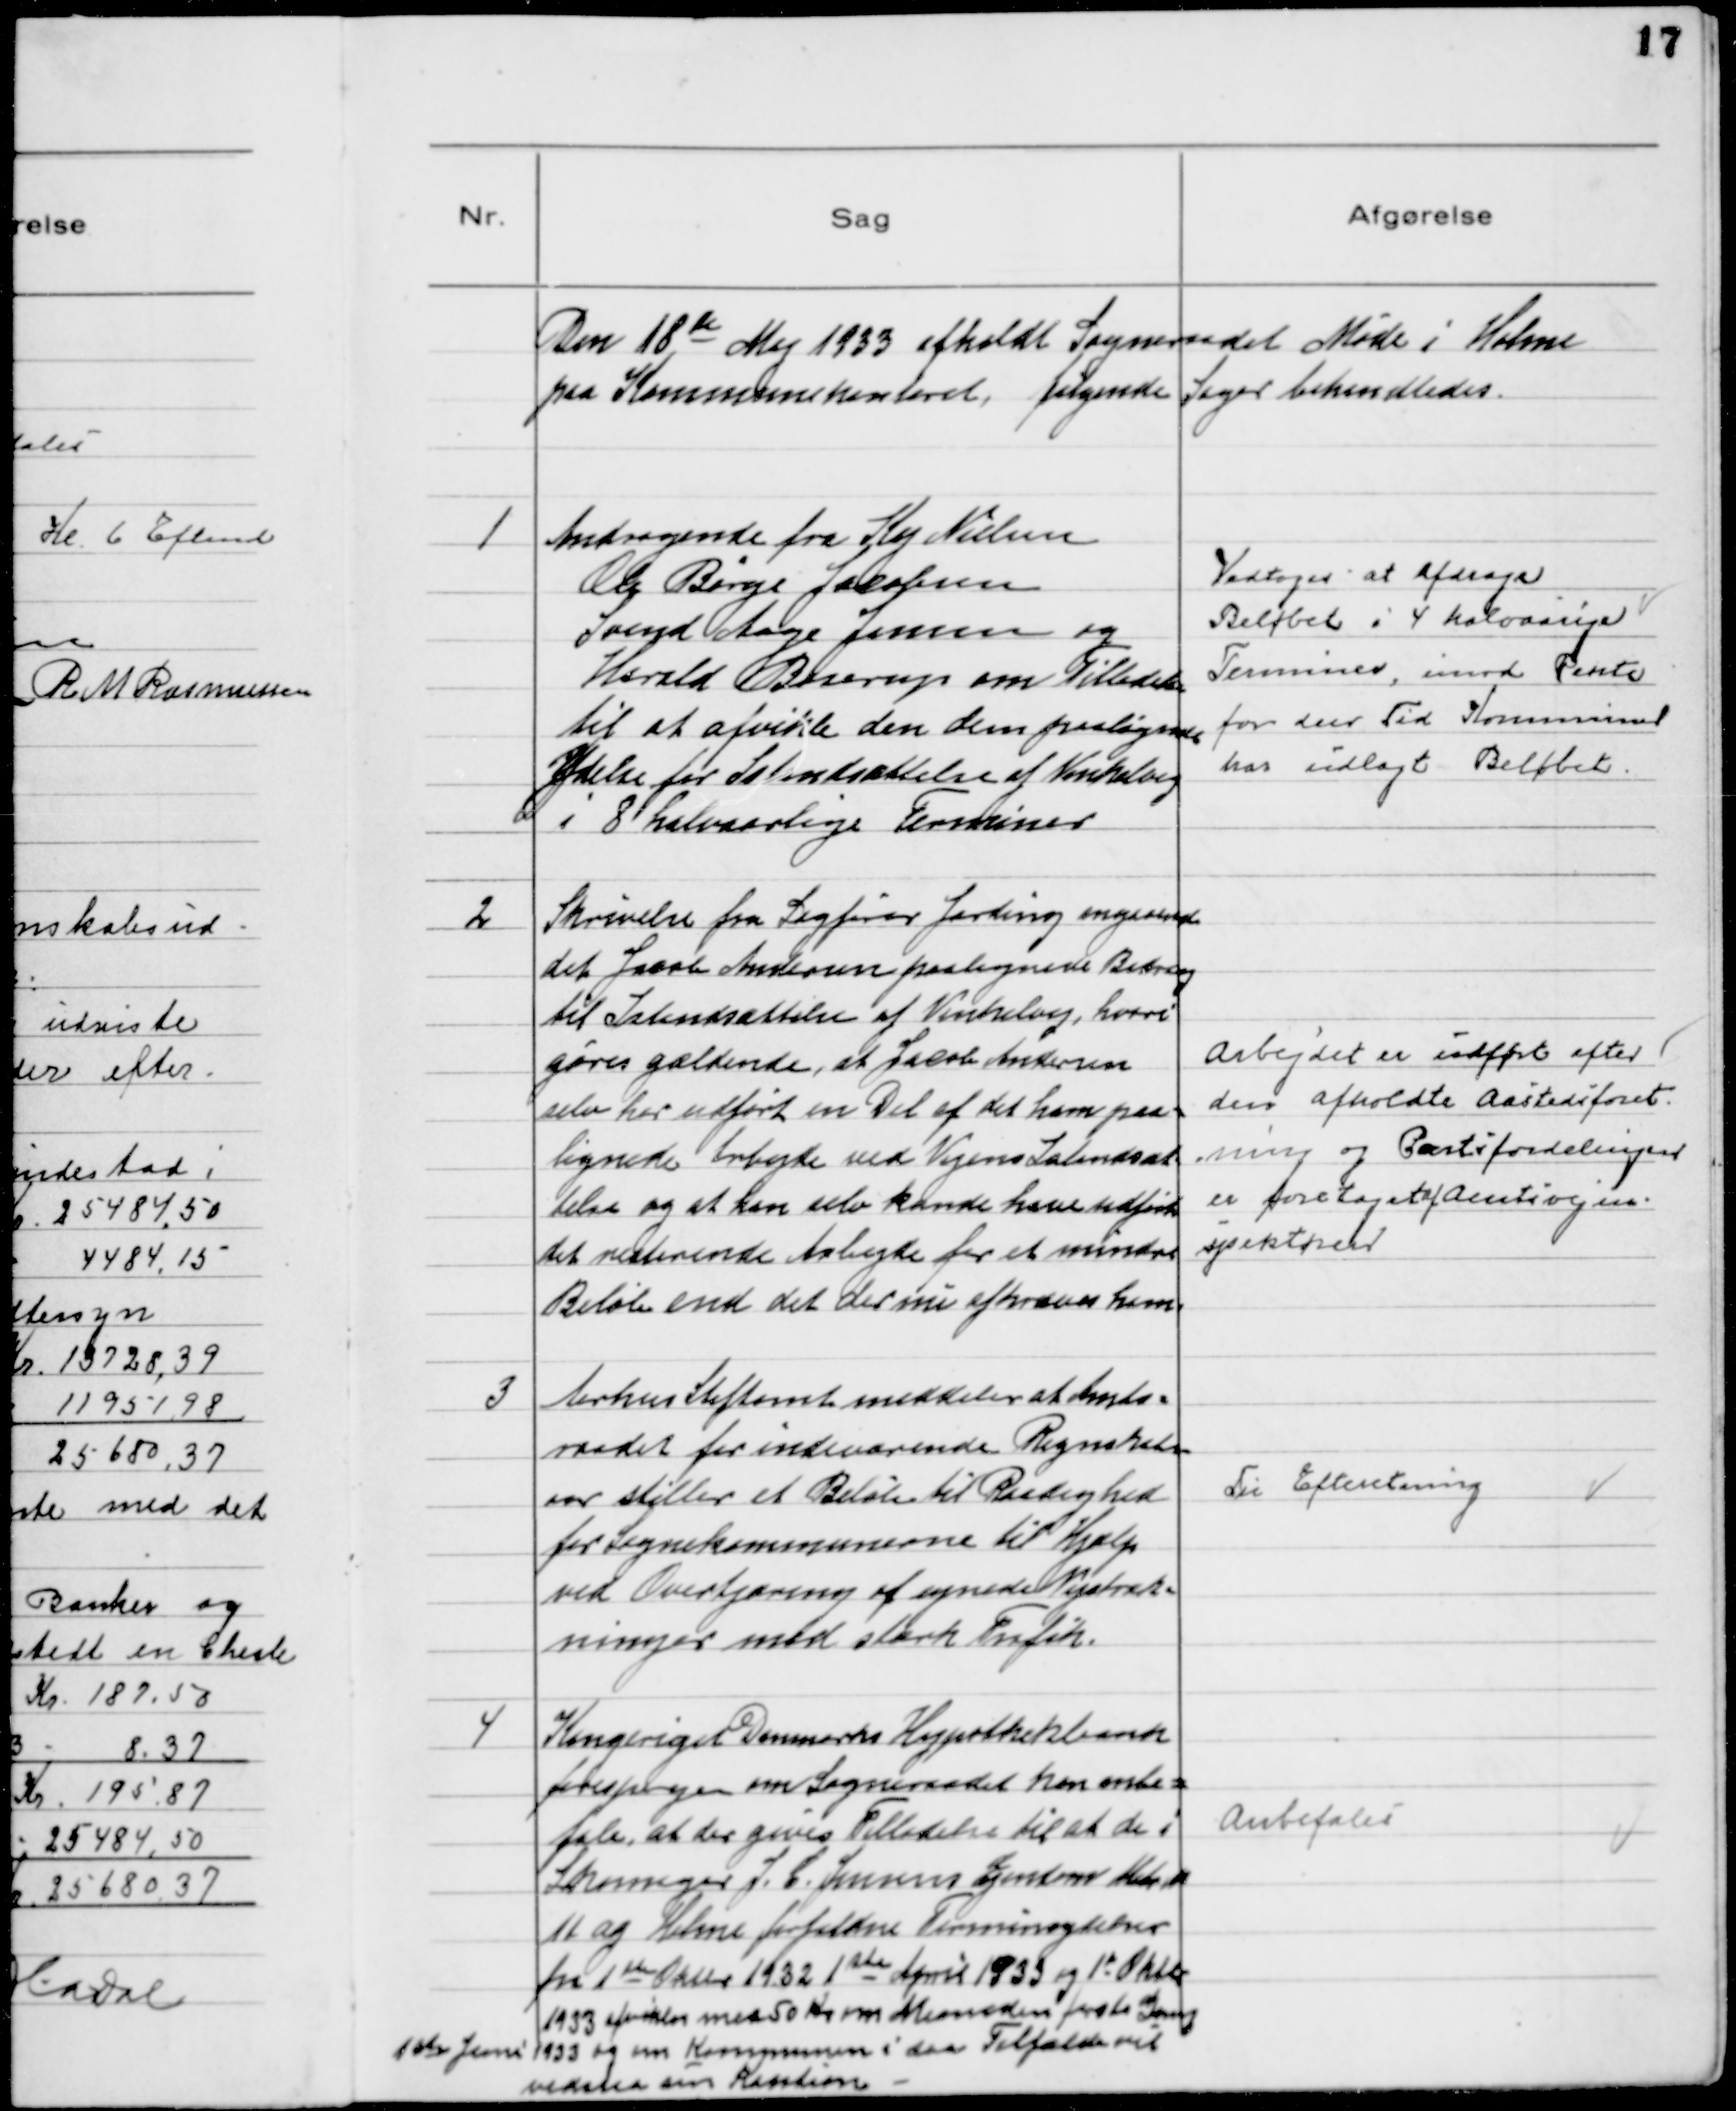
Transskription:
Den 18de Maj 1933 afholdt Sogneraadet Møde i Holme
paa Kommunekontoret, følgende Sager behandledes.

1
Andragende fra Kaj Nielsen
Ole Børge Jakobsen
Svend Aage Jensen og
Harald Boserup om Tilladelse
til at afvikle den dem paalignede
Ydelse for Istandsættelse af Vinkelvej
i 8 halvaarlige Terminer

Vedtoges at Afdrage
Beløb i 4 halvaarige
Terminer, imod Rente
for den Tid Kommunen
har udlagt Beløbet.

2
Skrivelse fra Sagfører Jerding angaaende
det Jacob Andersen paalignede Bidrag
til Istandsættelse af Vinkelvej, hvori
gøres gældende, at Jacob Andersen
selv har udført en Del af det ham paa-
lignede Arbejde ved Vejens Istandsæt
telse og at han selv kunde have udført
det resterende Arbejde for et mindre
Beløb end det der nu afkræves ham.

Arbejdet er udført efter
den afholdte Aastedsforet
ning og Partifordelingen
er foretaget af Amtsvejin-
spektøren

3
Aarhus Stiftamt meddeler at Amts-
raadet for indeværende Regnskabs-
aar stiller et Beløb til Raadighed
for Sognekommunerne til Hjælp
ved Overtjæring af egnede Vejstræk-
ninger med stærk Trafik.

Til Efteretning

4
Kongeriget Danmarks Hypothekbank
forespørger om Sogneraadet kan anbe-
fale, at der gives Tilladelse til at de i
Skomager J. C. Jensens Ejendom Matr n
11 ag Holme forfaldne Terminydelser
fra 1ste Oktober 1932 1ste April 1933 og 1st Oktb
1933 afvikles med 50 Kr om Maaneden første Gang
1ste Juni 1933 og om Kommunen i saa Tilfælde vil
vedstaa sin Kaution

Anbefales